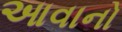
આવાનો